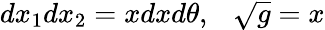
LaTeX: dx_{1}dx_{2}=xdxd\theta,\ \ \ \sqrt{g}=x